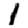
Digit: 1